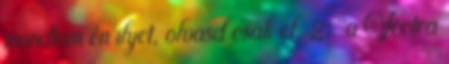
mondtam én ilyet, olvasd csak el. 2. "a Vectra